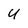
Character: U